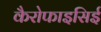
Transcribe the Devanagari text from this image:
कैरोफाइसिई